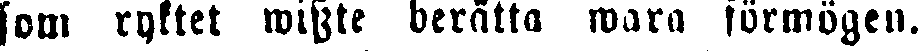
som ryktet wisste berätta wara förmögen.